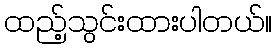
ထည့်သွင်းထားပါတယ်။